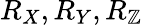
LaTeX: R_{X},R_{Y},R_{\mathbb{Z}}